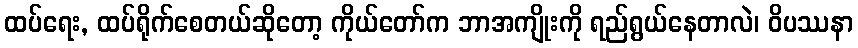
ထပ်ရေး, ထပ်ရိုက်စေတယ်ဆိုတော့ ကိုယ်တော်က ဘာအကျိုးကို ရည်ရွယ်နေတာလဲ၊ ဝိပဿနာ